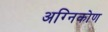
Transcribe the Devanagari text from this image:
अग्निकोण